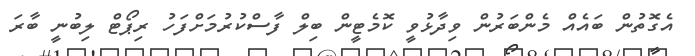
އެގޮތުން ބައެއް މެންބަރުން ވިދާޅުވީ ކޮމެޓީން ބިލް ފާސްކުރުމަށްފަހު ރިޕޯޓް ލިބުނީ ބާރަ